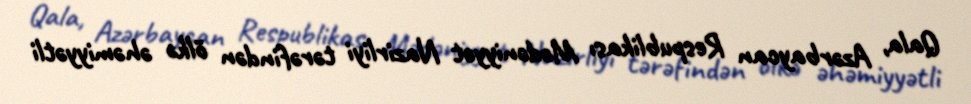
Qala, Azərbaycan Respublikası Mədəniyyət Nazirliyi tərəfindən ölkə əhəmiyyətli